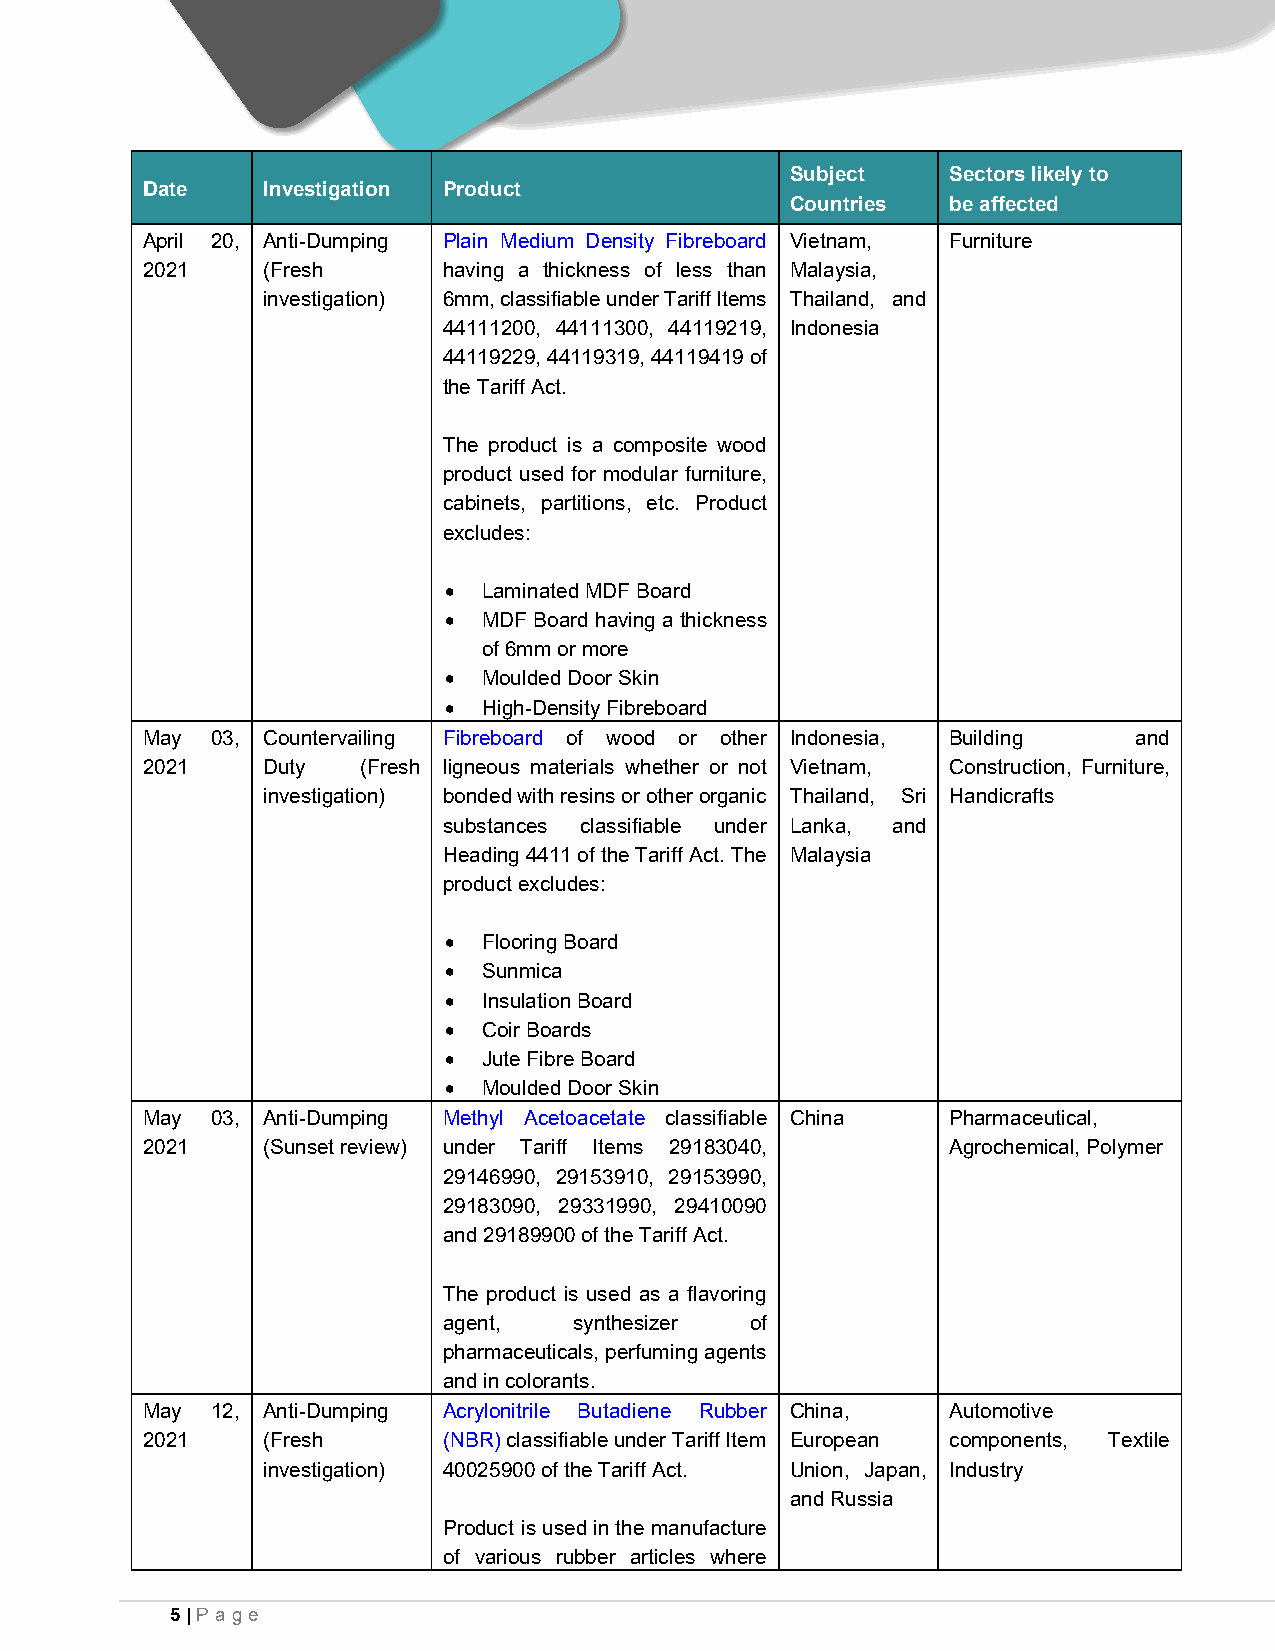
Subject    Sectors likely to
 Date    Investigation Product
 Countries  be affected
 April 20, Anti-Dumping Plain Medium Density Fibreboard Vietnam, Furniture
 2021    (Fresh      having a thickness of less than Malaysia,
 investigation) 6mm, classifiable under Tariff Items Thailand, and
 44111200, 44111300, 44119219, Indonesia
 44119229, 44119319, 44119419 of
 the Tariff Act.
 The product is a composite wood
 product used for modular furniture,
 cabinets, partitions, etc. Product
 excludes:
 •  Laminated MDF Board
 •  MDF Board having a thickness
 of 6mm or more
 •  Moulded Door Skin
 •  High-Density Fibreboard
 May  03, Countervailing Fibreboard of wood or other Indonesia, Building and
 2021    Duty   (Fresh ligneous materials whether or not Vietnam, Construction, Furniture,
 investigation) bonded with resins or other organic Thailand, Sri Handicrafts
 substances classifiable under Lanka, and
 Heading 4411 of the Tariff Act. The Malaysia
 product excludes:
 •  Flooring Board
 •  Sunmica
 •  Insulation Board
 •  Coir Boards
 •  Jute Fibre Board
 •  Moulded Door Skin
 May  03, Anti-Dumping Methyl Acetoacetate classifiable China Pharmaceutical,
 2021    (Sunset review) under Tariff Items 29183040,  Agrochemical, Polymer
 29146990, 29153910, 29153990,
 29183090, 29331990, 29410090
 and 29189900 of the Tariff Act.
 The product is used as a flavoring
 agent,   synthesizer of
 pharmaceuticals, perfuming agents
 and in colorants.
 May  12, Anti-Dumping Acrylonitrile Butadiene Rubber China, Automotive
 2021    (Fresh      (NBR) classifiable under Tariff Item European components, Textile
 investigation) 40025900 of the Tariff Act. Union, Japan, Industry
 and Russia
 Product is used in the manufacture
 of various rubber articles where
 5 | Pa ge